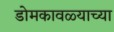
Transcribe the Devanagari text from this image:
डोमकावळ्याच्या